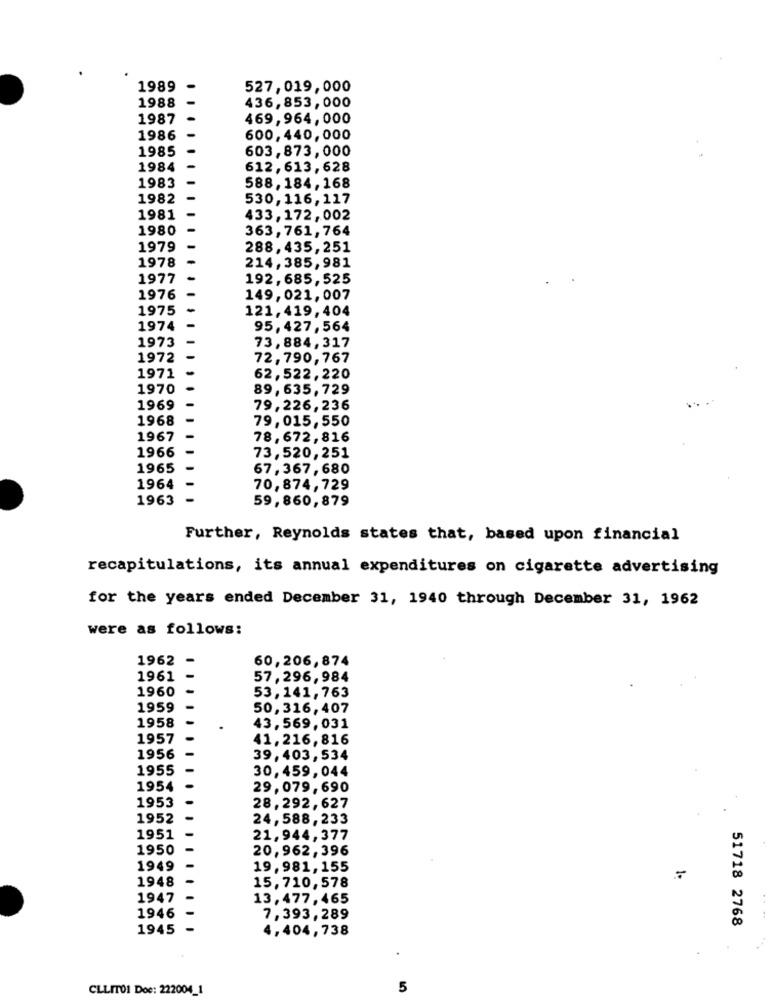
1989
527,019, 000
436,853,000
1988
1987
469,964, 000
1986
600,440,000
1985
603, 873, 000
1984
612, 613, 628
1983
588, 184, 168
1982
530,116, 117
1981
433, 172, 002
1980
363,761, 764
1979
288, 435, 251
1978
214, 385, 981
1977
192, 685, 525
1976
149, 021, 007
1975
121,419, 404
1974
95,427, 564
1973
73,884,317
1972
72,790, 767
1971
62,522, 220
1970
89, 635, 729
1969
79, 226, 236
1968
79, 015, 550
1967
78, 672, 816
1966
73, 520, 251
1965
67, 367, 680
1964
70,874, 729
1963
59, 860, 879
Further, Reynolds states that, based upon financial
recapitulations, its annual expenditures on cigarette advertising
for the years ended December 31, 1940 through December 31, 1962
were as follows:
1962
60,206,874
1961
57,296, 984
1960
53,141, 763
1959
50,316, 407
1958
43, 569, 031
1957
41,216, 816
1956
39, 403, 534
1955
30,459, 044
1954
29,079, 690
1953
28,292, 627
1952
24,588, 233
1951
21,944,377
1950
20,962, 396
1949
19, 981, 155
1948
15,710,578
1947
13, 477, 465
1946
7,393,289
51718 2768
....
1945
4,404,738
CLLITO1 Doe: 222004_1
5